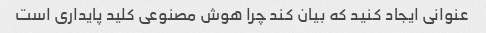
عنوانی ایجاد کنید که بیان کند چرا هوش مصنوعی کلید پایداری است